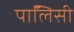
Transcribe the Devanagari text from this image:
पाॅलिसी